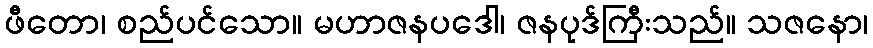
ဖီတော၊ စည်ပင်သော။ မဟာဇနပဒေါ၊ ဇနပုဒ်ကြီးသည်။ သဇနော၊